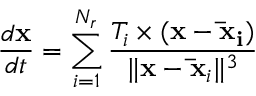
\frac { d \mathbf { x } } { d t } = \sum _ { i = 1 } ^ { N _ { r } } \frac { T _ { i } \times ( \mathbf { x } - \mathbf { \bar { x } _ { i } } ) } { \| \mathbf { x } - \mathbf { \bar { x } } _ { i } \| ^ { 3 } }